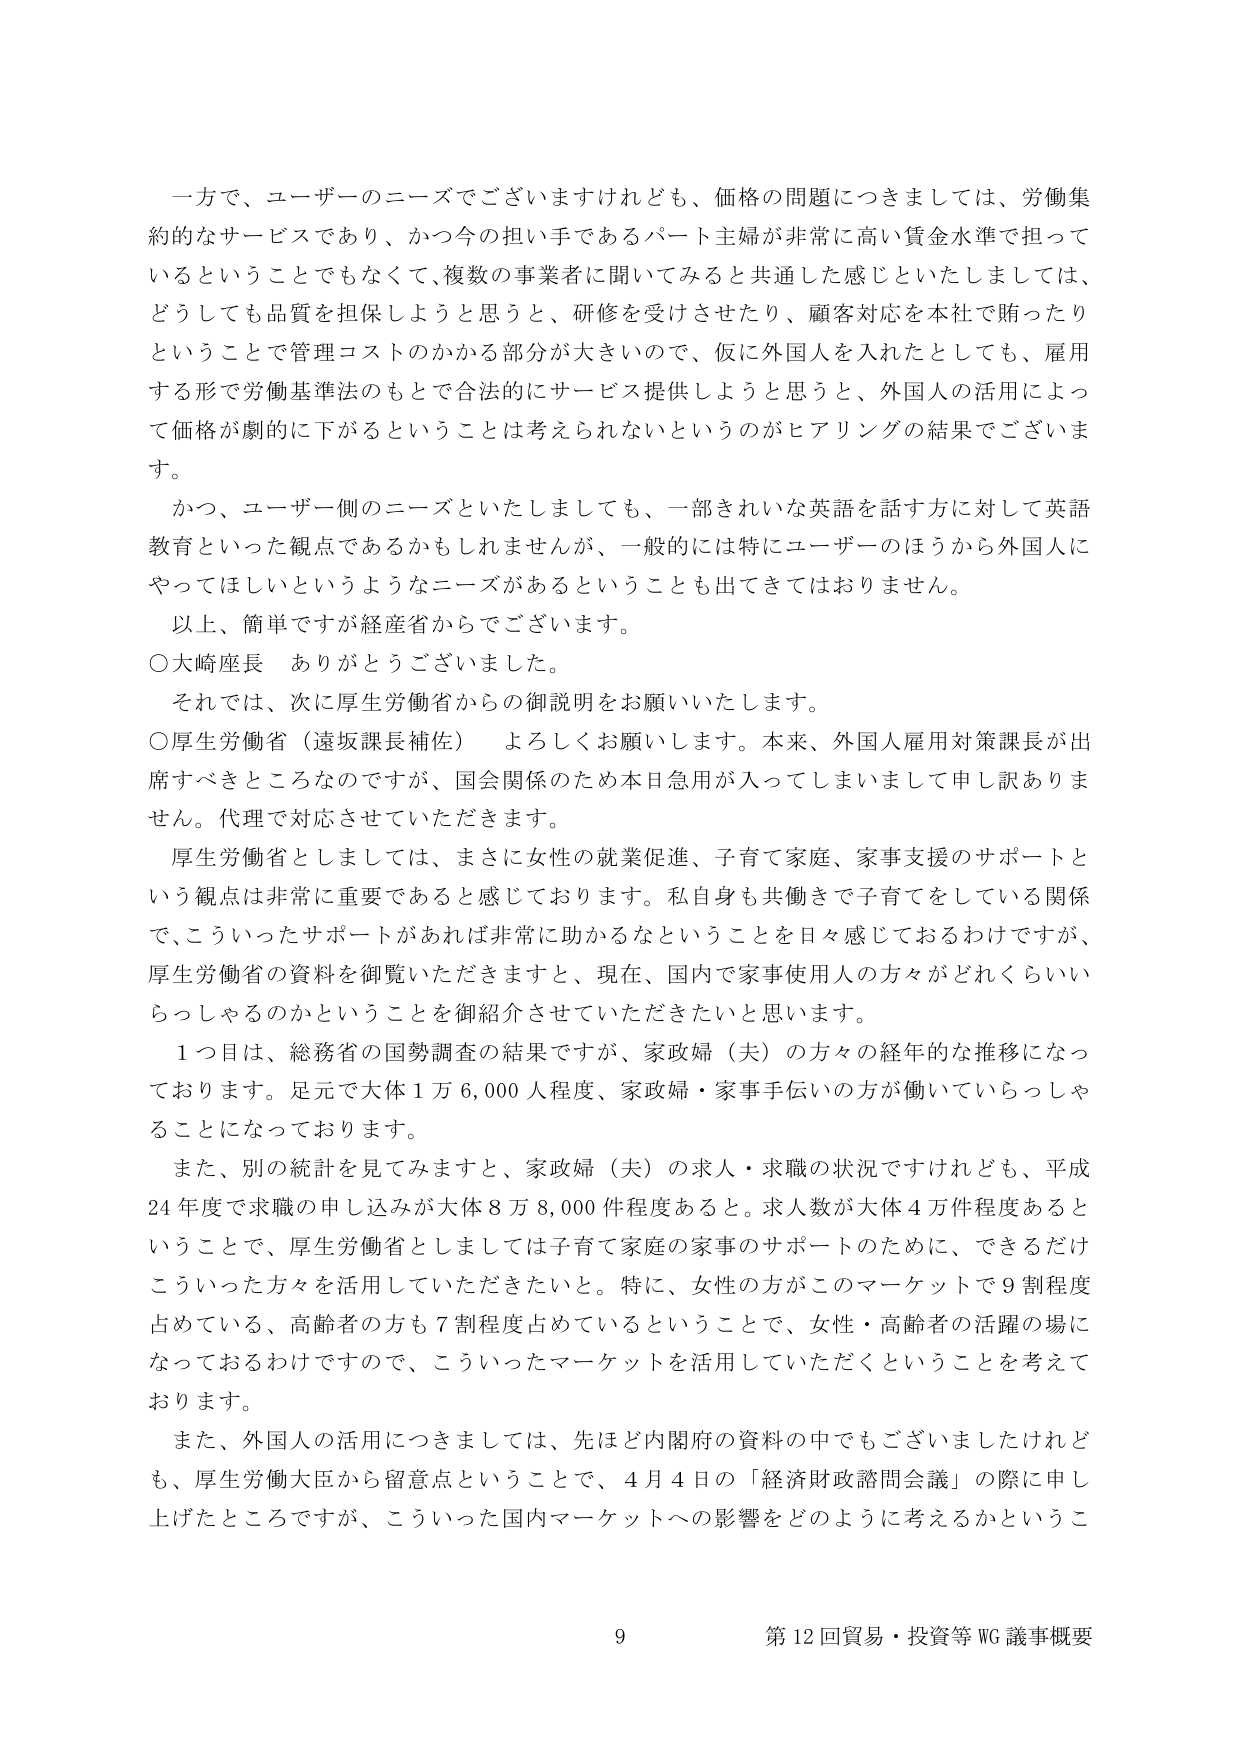
一方で、ユーザーのニーズでございますけれども、価格の問題につきましては、労働集約的なサービスであり、かつ今の担い手であるパート主婦が非常に高い賃金水準で担っているということでもなくて、複数の事業者に聞いてみると共通した感じといたしましては、どうしても品質を担保しようと思うと、研修を受けさせたり、顧客対応を本社で賄ったりということで管理コストのかかる部分が大きいので、仮に外国人を入れたとしても、雇用する形で労働基準法のもとで合法的にサービス提供しようと思うと、外国人の活用によって価格が劇的に下がるということは考えられないというのがヒアリングの結果でございます。

かつ、ユーザー側のニーズといたしましても、一部きれいな英語を話す方に対して英語教育といった観点であるかもしれませんが、一般的には特にユーザーのほうから外国人にやってほしいというようなニーズがあるということも出てきてはおりません。

以上、簡単ですが経産省からでございます。

○大崎座長　ありがとうございました。

それでは、次に厚生労働省からの御説明をお願いいたします。

○厚生労働省（遠坂課長補佐）　よろしくお願いします。本来、外国人雇用対策課長が出席すべきところなのですが、国会関係のため本日急用が入ってしまいまして申し訳ありません。代理で対応させていただきます。

厚生労働省としましては、まさに女性の就業促進、子育て家庭、家事支援のサポートという観点は非常に重要であると感じております。私自身も共働きで子育てをしている関係で、こういったサポートがあれば非常に助かるなということを日々感じておるわけですが、厚生労働省の資料を御覧いただきますと、現在、国内で家事使用人の方々がどれくらいいらっしゃるのかということを御紹介させていただきたいと思います。

１つ目は、総務省の国勢調査の結果ですが、家政婦（夫）の方々の経年的な推移になっております。足元で大体１万６,０００人程度、家政婦・家事手伝いの方が働いていらっしゃることになっております。

また、別の統計を見てみますと、家政婦（夫）の求人・求職の状況ですけれども、平成24年度で求職の申し込みが大体８万８,０００件程度あると。求人数が大体４万件程度あるということで、厚生労働省としましては子育て家庭の家事のサポートのために、できるだけこういった方々を活用していただきたいと。特に、女性の方がこのマーケットで９割程度占めている、高齢者の方も７割程度占めているということで、女性・高齢者の活躍の場になっておるわけですので、こういったマーケットを活用していただくということを考えております。

また、外国人の活用につきましては、先ほど内閣府の資料の中でもございましたけれども、厚生労働大臣から留意点ということで、４月４日の「経済財政諮問会議」の際に申し上げたところですが、こういった国内マーケットへの影響をどのように考えるかというこ

9 第12回貿易・投資等WG議事概要